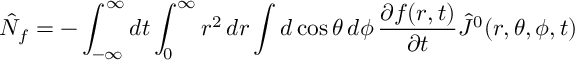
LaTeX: \hat { N } _ { f } = - \int _ { - \infty } ^ { \infty } d t \int _ { 0 } ^ { \infty } r ^ { 2 } \, d r \int d \cos \theta \, d \phi \, \frac { \partial f ( r , t ) } { \partial t } \hat { J } ^ { 0 } ( r , \theta , \phi , t )